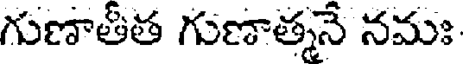
గుణాతీత గుణాత్మనే నమః